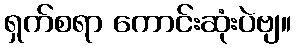
ရှက်စရာ ကောင်းဆုံးပဲဗျ။